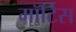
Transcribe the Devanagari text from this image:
मॉर्टिस